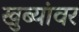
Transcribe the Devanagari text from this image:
खुब्यांवर